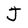
Character: J